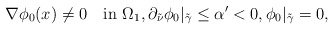
\begin{align*}\nabla \phi_0(x)\ne 0\quad\mbox{in}\,\,\Omega_1,\partial_{\tilde\nu}\phi_0\vert_{\tilde \gamma}\le \alpha' <0,\phi_0\vert_{\tilde \gamma}=0,\end{align*}